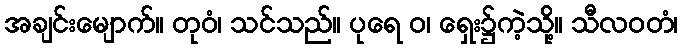
အချင်းမျောက်။ တုဝံ၊ သင်သည်။ ပုရေ ဝ၊ ရှေး၌ကဲ့သို့။ သီလဝတံ၊